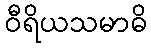
ဝီရိယသမာဓိ